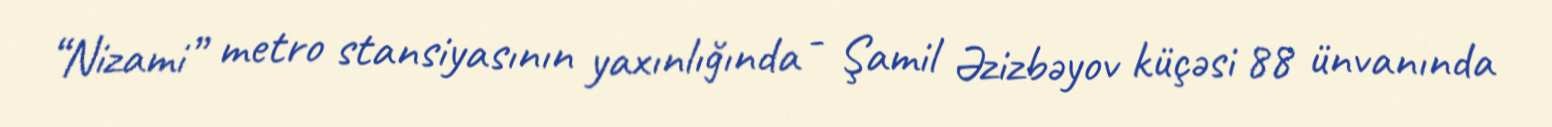
“Nizami” metro stansiyasının yaxınlığında - Şamil Əzizbəyov küçəsi 88 ünvanında